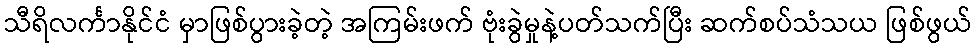
သီရိလင်္ကာနိုင်ငံ မှာဖြစ်ပွားခဲ့တဲ့ အကြမ်းဖက် ဗုံးခွဲမှုနဲ့ပတ်သက်ပြီး ဆက်စပ်သံသယ ဖြစ်ဖွယ်